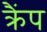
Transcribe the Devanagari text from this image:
क्रैंप